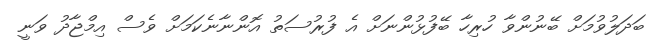
ބަދަލުވުމަށް ބޭނުންވާ ހުރިހާ ބޭފުޅުންނަށް އެ ފުރުސަތު އޮންނާނެކަމަށް ވެސް އިމްޖާދު ވަނީ